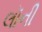
લૉની